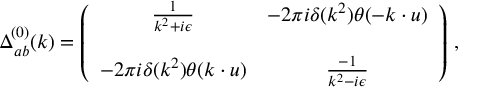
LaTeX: \Delta _ { a b } ^ { ( 0 ) } ( k ) = \left( \begin{array} { c c } { { \frac { 1 } { k ^ { 2 } + i \epsilon } } } & { { - 2 \pi i \delta ( k ^ { 2 } ) \theta ( - k \cdot u ) } } \\ { { } } & { { } } \\ { { - 2 \pi i \delta ( k ^ { 2 } ) \theta ( k \cdot u ) } } & { { \frac { - 1 } { k ^ { 2 } - i \epsilon } } } \end{array} \right) \, ,